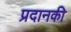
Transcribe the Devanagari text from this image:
प्रदानकी